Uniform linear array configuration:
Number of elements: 4
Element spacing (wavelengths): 0.5
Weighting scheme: uniform
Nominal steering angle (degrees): -30
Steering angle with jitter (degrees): -30.795
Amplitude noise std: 0.05
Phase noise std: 0.05

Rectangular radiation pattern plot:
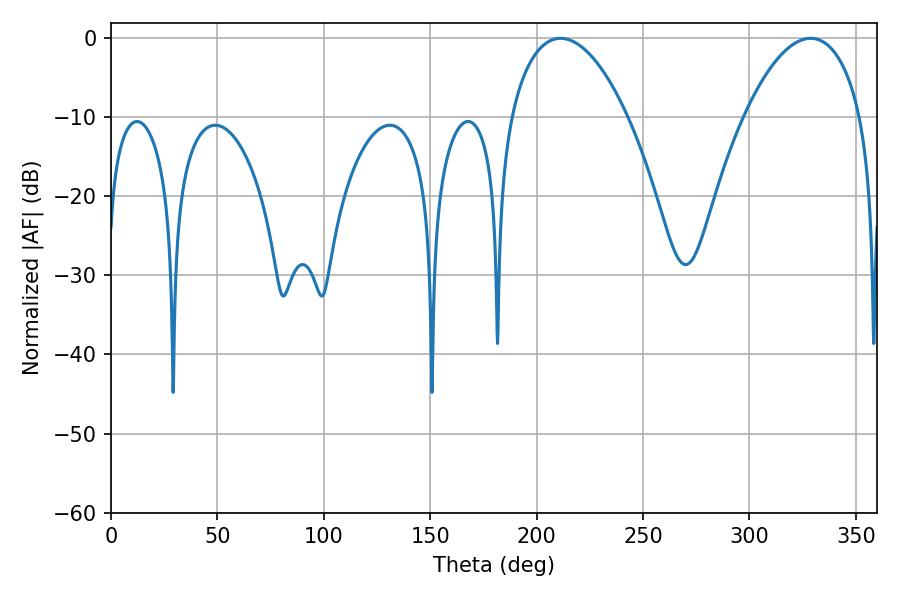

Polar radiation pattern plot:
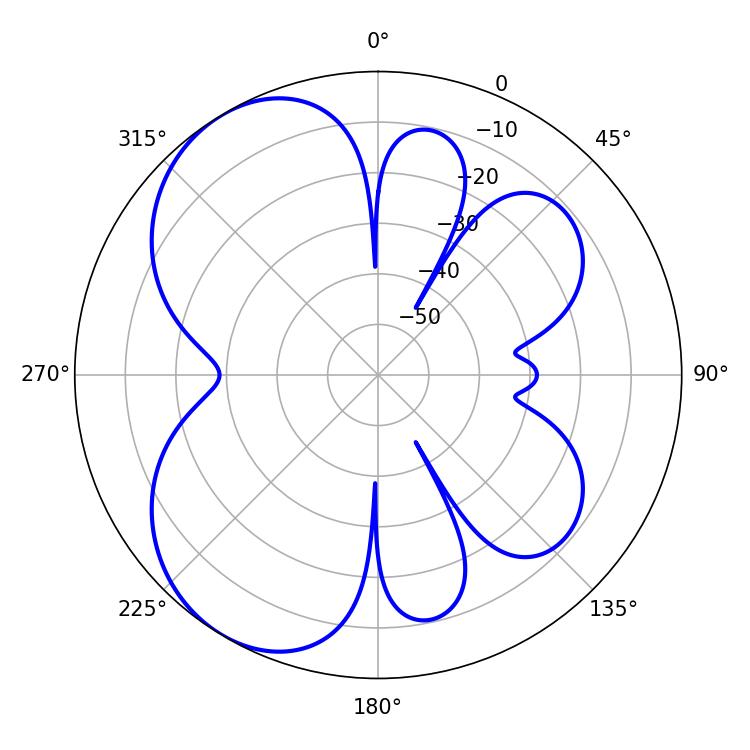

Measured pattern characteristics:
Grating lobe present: FALSE
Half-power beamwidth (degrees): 30.96
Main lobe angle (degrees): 211.32